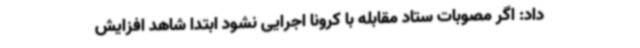
داد: اگر مصوبات ستاد مقابله با کرونا اجرایی نشود ابتدا شاهد افزایش